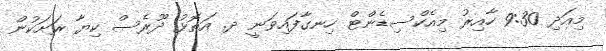
މިއަދި 9:30 ހާއިރު މިއެކްސިޑެންޓް ހިނގާފައިވަނީ ދ. އަތޮޅު ދޫރެސް ކިޔާ ރަށަކުން